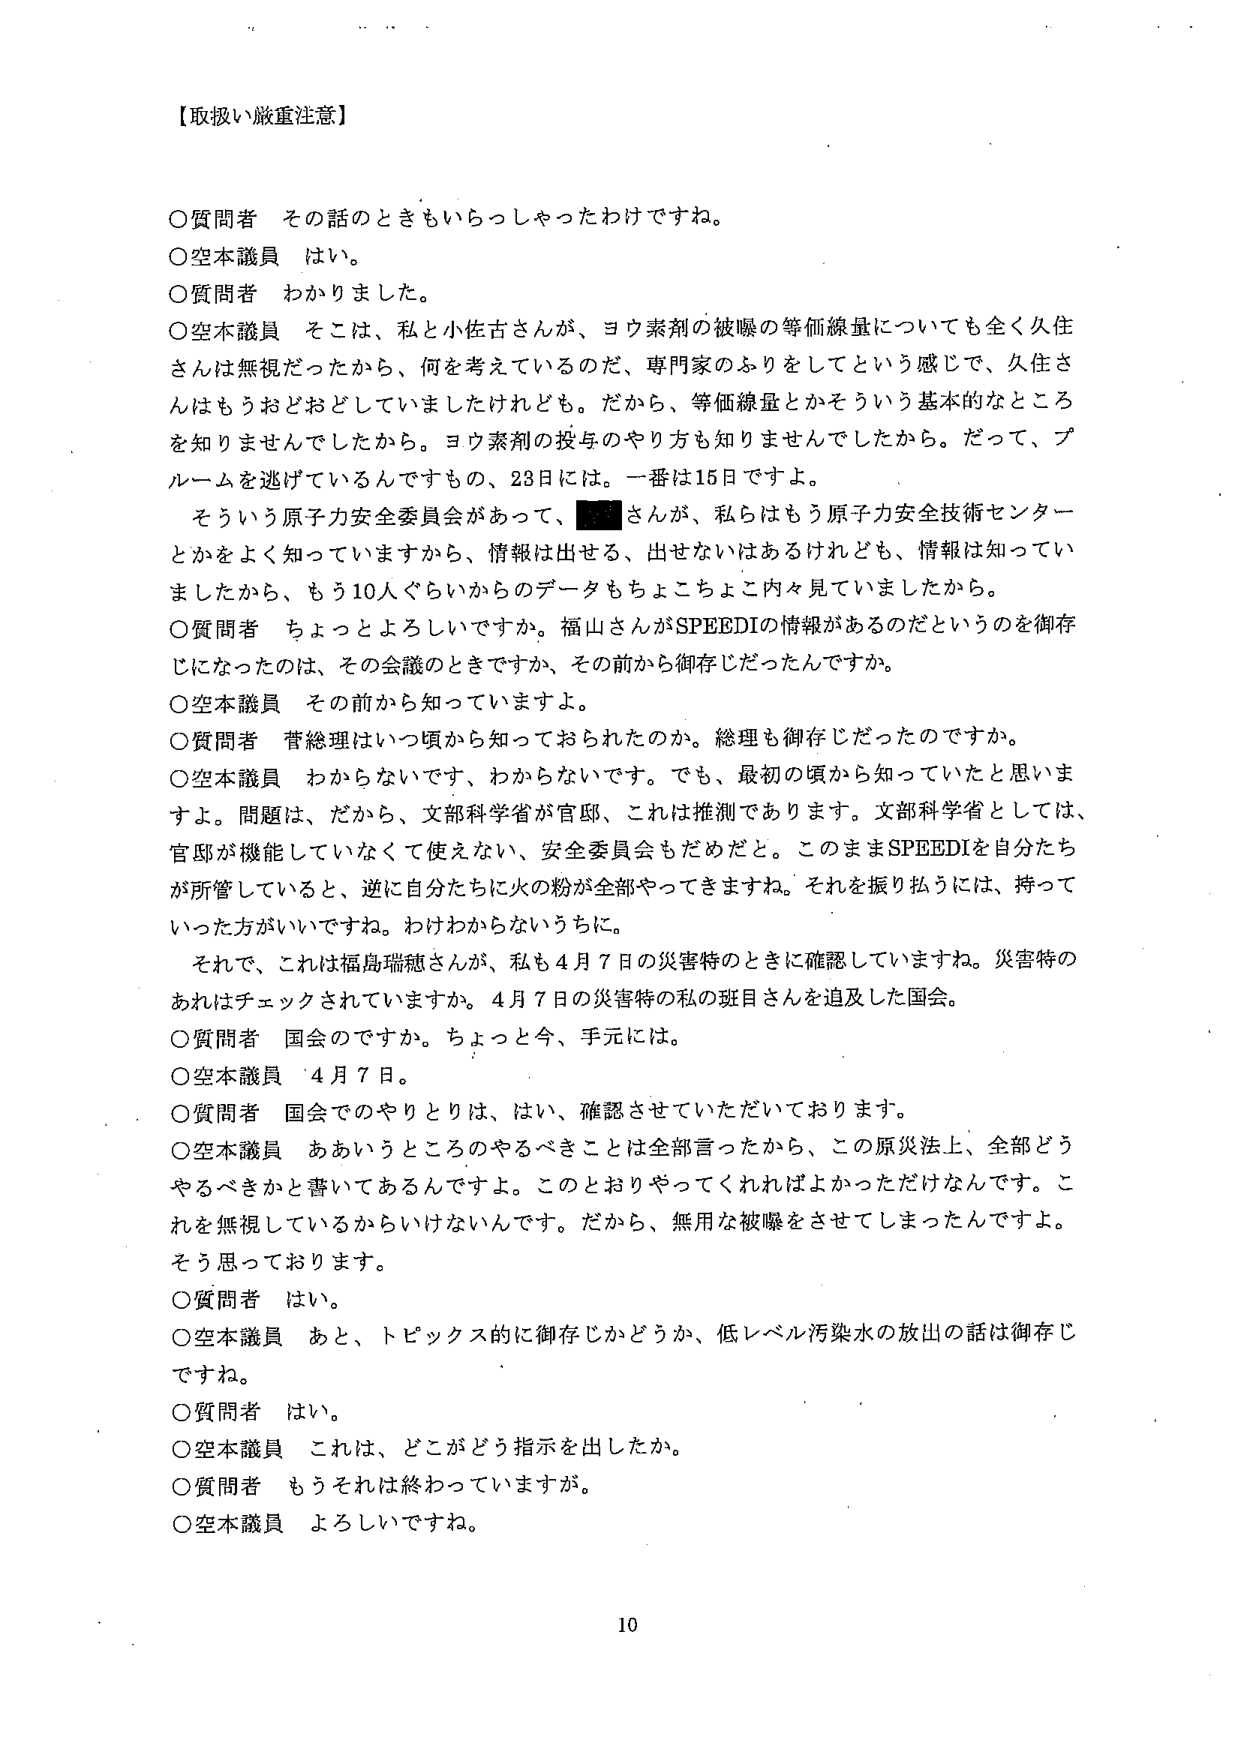
【取扱い厳重注意】

○質問者　その話のときもいらっしゃったわけですね。
○空本議員　はい。
○質問者　わかりました。
○空本議員　そこは、私と小佐古さんが、ヨウ素剤の被曝の等価線量についても全く久住さんは無視だったから、何を考えているのだ、専門家のふりをしてという感じで、久住さんはもうおどおどしていましたけれども。だから、等価線量とかそういう基本的なところを知りませんでしたから。ヨウ素剤の投与のやり方も知りませんでしたから。だって、プルームを逃げているんですもの、28日には。一番は15日ですよ。
　そういう原子力安全委員会があって、■■さんが、私らはもう原子力安全技術センターとかをよく知っていますから、情報は出せる、出せないはあるけれども、情報は知っていましたから、もう10人ぐらいからのデータもちょこちょこ内々見ていましたから。
○質問者　ちょっとよろしいですか。福山さんがSPEEDIの情報があるのだというのを御存じになったのは、その会議のときですか、その前から御存じだったんですか。
○空本議員　その前から知っていますよ。
○質問者　菅総理はいつ頃から知っておられたのか。総理も御存じだったのですか。
○空本議員　わからないです、わからないです。でも、最初の頃から知っていたと思いますよ。問題は、だから、文部科学省が官邸、これは推測であります。文部科学省としては、官邸が機能していなくて使えない、安全委員会もだめだと。このままSPEEDIを自分たちが所管していると、逆に自分たちに火の粉が全部やってきますね。それを振り払うには、持っていった方がいいですね。わけわからないうちに。
　それで、これは福島瑞穂さんが、私も4月7日の災害特のときに確認していますね。災害特のあれはチェックされていますか。4月7日の災害特の私の班目さんを追及した国会。
○質問者　国会のですか。ちょっと今、手元には。
○空本議員　4月7日。
○質問者　国会でのやりとりは、はい、確認させていただいております。
○空本議員　ああいうところのやるべきことは全部言ったから、この原災法上、全部どうやるべきかと書いてあるんですよ。このとおりやってくれればよかっただけなんです。これを無視しているからいけないんです。だから、無用な被曝をさせてしまったんですよ。そう思っております。
○質問者　はい。
○空本議員　あと、トピックス的に御存じかどうか、低レベル汚染水の放出の話は御存じですね。
○質問者　はい。
○空本議員　これは、どこがどう指示を出したか。
○質問者　もうそれは終わっていますが。
○空本議員　よろしいですね。

10